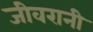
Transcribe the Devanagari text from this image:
जीवरानी